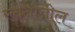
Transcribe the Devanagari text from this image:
रचनांतील